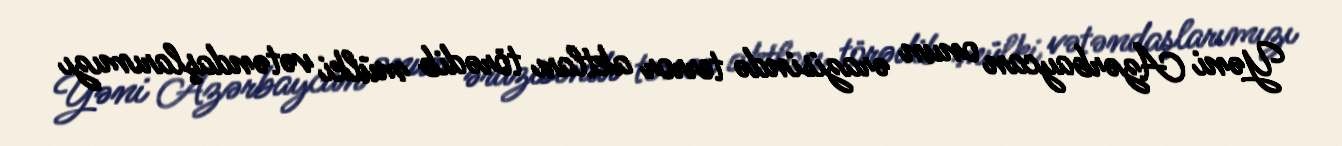
Yəni Azərbaycan onun ərazisində terror aktları törədib mülki vətəndaşlarımızı